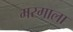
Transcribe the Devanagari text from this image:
मरगाला